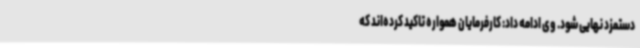
دستمزد نهایی شود. وی ادامه داد: کارفرمایان همواره تاکید کرده‌اند که